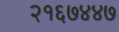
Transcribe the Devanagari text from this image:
२१६७४४७